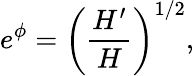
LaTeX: e^{\phi}=\left(\frac{H^{\prime}}{H}\right)^{1/2},